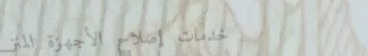
خدمات إصلاح الأجهزة المنز